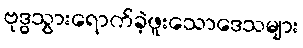
ဗုဒ္ဓသွားရောက်ခဲ့ဖူးသောဒေသများ